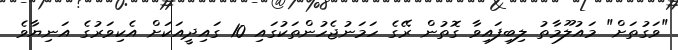
"ވަގުތަށް" މައުލޫމާތު ލިބިފައިވާ ގޮތުން ރޭގެ ހަމަނުޖެހުންތަކުގައި 10 ގައިދީއަކަށް އެކިވަރުގެ އަނިޔާވެ